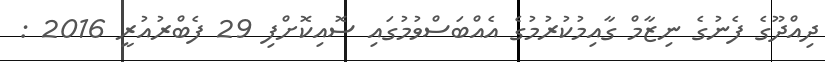
ދިއްދޫގެ ފެނުގެ ނިޒާމް ގާއިމުކުރުމުގެ އެއްބަސްވުމުގައި ސޮއިކޮށްފި 29 ފެބްރުއުރީ 2016 :